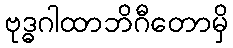
ဗုဒ္ဓဂါထာဘိဂီတောမှိ